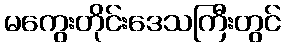
မကွေးတိုင်းဒေသကြီးတွင်